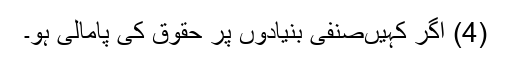
(4) اگر کہیںصنفی بنیادوں پر حقوق کی پامالی ہو۔